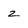
Character: z